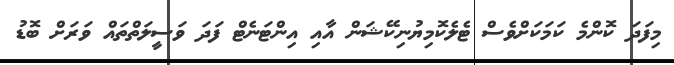
މިފަދަ ކޮންމެ ކަމަކަށްވެސް ޓެލެކޮމިޔުނިކޭޝަން އާއި އިންޓަނެޓް ފަދަ ވަސީލަތްތައް ވަރަށް ބޮޑު